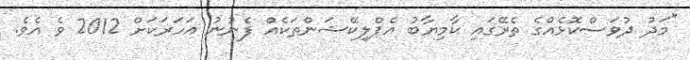
"މަދު ދުވަސްކޮޅެއްގެ ތެރޭގައި ކާމިޔާބު އެޕްލިކޭޝަންތަކެއް ފެނުނު އަހަރަކަށް 2012 ވެ އެވެ.